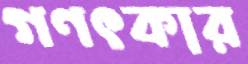
গণৎকার